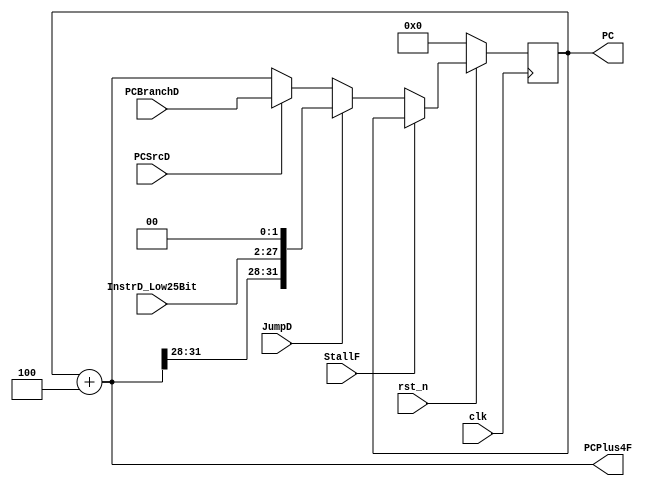
module PC_Counter(
    // System Clock
    input        clk,
    input        rst_n,

    // User Interface
    input                   PCSrcD,
    input                   StallF,
    input           [31:0]  PCBranchD,
    input                   JumpD,
    input           [25:0]  InstrD_Low25Bit,
    output          [31:0]  PCPlus4F,
    output   reg    [31:0]  PC
);

    wire    [31:0] PC_Next,PC_Next_or_Jump,PC_Jump;
    wire    [31:0] PCPlus4;

    
    assign  PC_Next = PCSrcD ? PCBranchD : PCPlus4F;
    assign  PC_Jump = {{PCPlus4F[31:28]},{InstrD_Low25Bit},{2'b00}};
    assign  PCPlus4 = PC + 32'd4;
    assign  PCPlus4F = PCPlus4;
    assign  PC_Next_or_Jump = JumpD ? PC_Jump : PC_Next;


    always @(posedge clk) begin
        if(~rst_n)begin
            PC <= 32'b0;
        end
        else if (StallF) begin
            PC <= PC;
        end
        else 
            PC <= PC_Next_or_Jump;
    end

endmodule